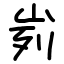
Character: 峛